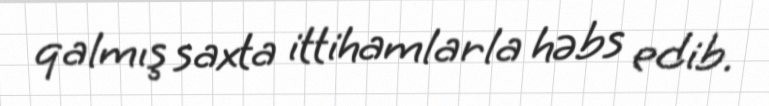
qalmış saxta ittihamlarla həbs edib.